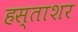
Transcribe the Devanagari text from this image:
हस्ताशर